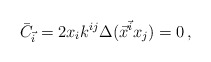
\begin{align*}\bar{C}_{\vec{i}}= 2x_ik^{ij}\Delta(\vec{x}^{\vec{i}} x_j)=0\,,\end{align*}